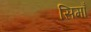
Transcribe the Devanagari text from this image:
सिमाँ